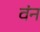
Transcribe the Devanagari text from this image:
वंन